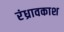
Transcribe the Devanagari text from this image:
रंध्रावकाश